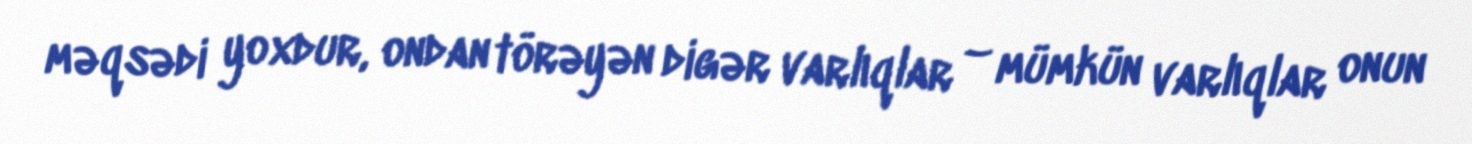
məqsədi yoxdur, ondan törəyən digər varlıqlar – mümkün varlıqlar onun